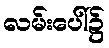
လမ်းပေါ်၌